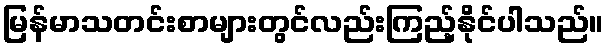
မြန်မာသတင်းစာများတွင်လည်းကြည့်နိုင်ပါသည်။